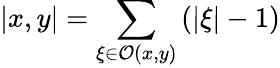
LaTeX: \left|x,y\right|=\sum_{\xi\in\mathcal{O}(x,y)}\left(\left|\xi\right|-1\right)